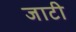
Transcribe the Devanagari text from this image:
जाटी